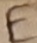
Text: E